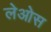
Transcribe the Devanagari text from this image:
लेओस